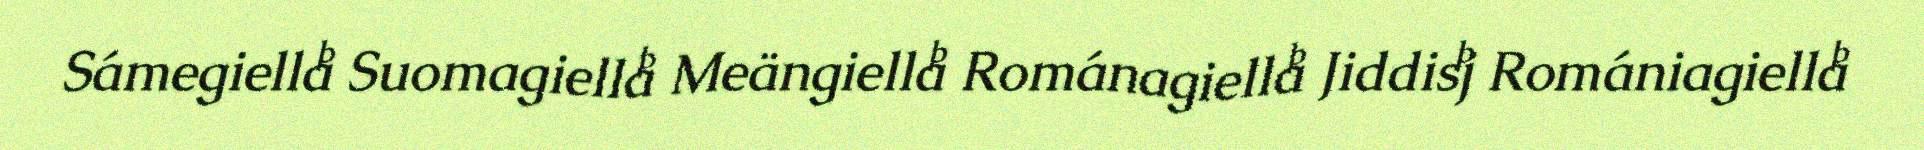
Sámegiella Suomagiella Meängiella Románagiella Jiddisj Romániagiella